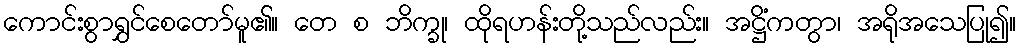
ကောင်းစွာရွှင်စေတော်မူ၏။ တေ စ ဘိက္ခု၊ ထိုရဟန်းတို့သည်လည်း။ အဋ္ဌိံကတွာ၊ အရိုအသေပြု၍။